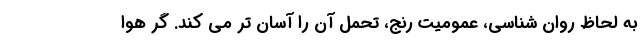
به لحاظ روان شناسی، عمومیت رنج، تحمل آن را آسان تر می کند. گر هوا